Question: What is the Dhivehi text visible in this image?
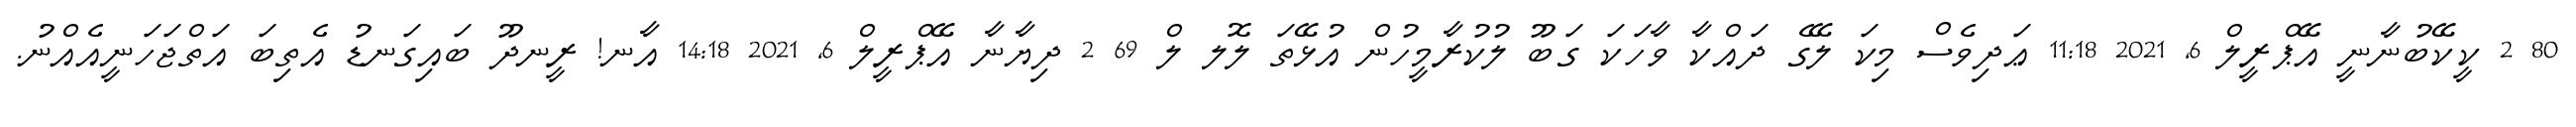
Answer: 80 2 ކީކޭބުނާނީ އޭޕްރީލް 6, 2021 11:18 ޢަދިވެސް މިކަ ލޭގެ ދައްކާ ވާހަކަ ގަބޫ ލުކުރާމީހުން އުޅޭތަ ލޮލ ލް 69 2 ދިޔާނާ އޭޕްރީލް 6, 2021 14:18 އާނ! ރީނދޫ ބައިގަނޑު އެތިބަ އަތްޖަހަނީއެއްނު.